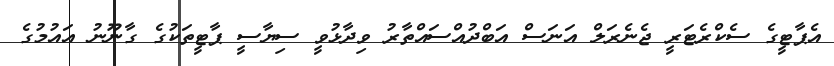
އެޕާޓީގެ ސެކްރެޓަރީ ޖެނެރަލް އަނަސް އަބްދުއްސައްތާރު ވިދާޅުވީ ސިޔާސީ ޕާޓީތަކުގެ ގާނޫނު އައުމުގެ